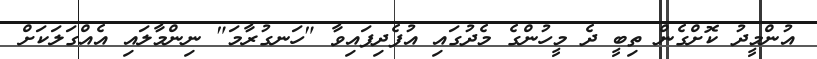
އުންމީދު ކޮށްގެން ތިބީ ދެ މީހުންގެ މެދުގައި އުފެދިފައިވާ "ހަނގުރާމަ" ނިންމާލައި އެއްގަލަކަށް